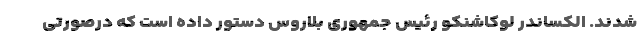
شدند. الکساندر لوکاشنکو رئیس جمهوری بلاروس دستور داده است که درصورتی